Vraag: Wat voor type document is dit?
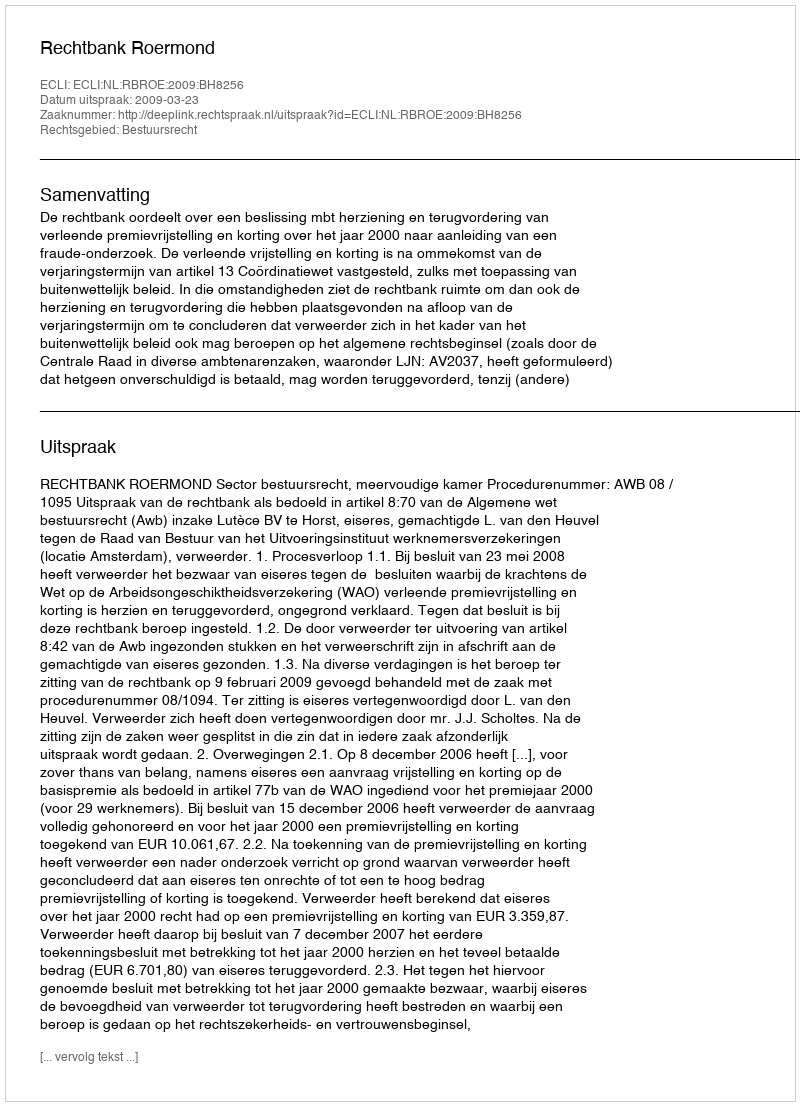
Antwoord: Uitspraak